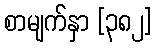
စာမျက်နှာ [၃၈၂]